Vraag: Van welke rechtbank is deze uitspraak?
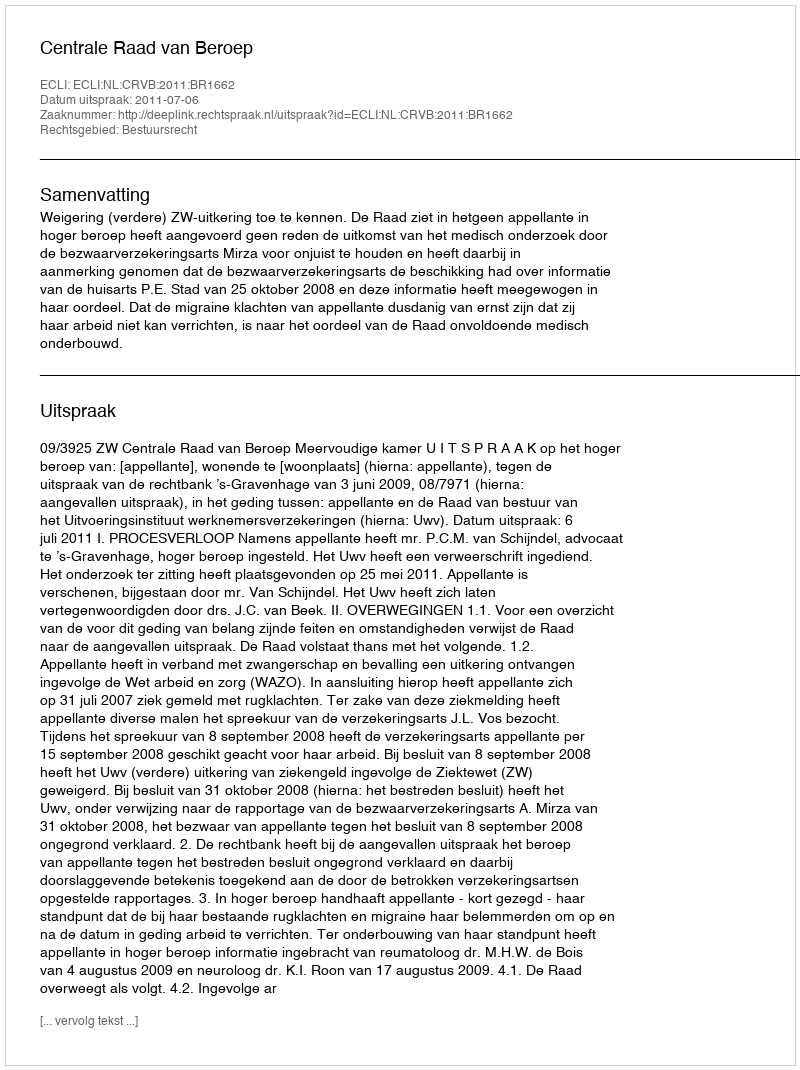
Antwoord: Centrale Raad van Beroep